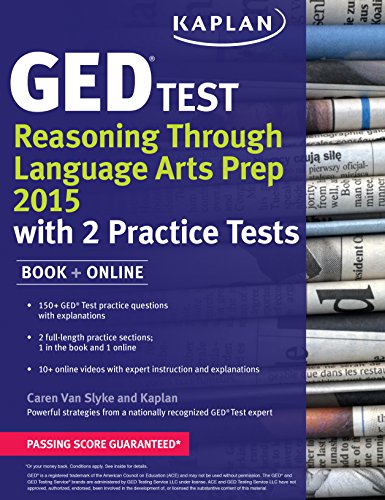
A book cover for Kaplan GED Test Reasoning Through Language Arts Prep 2015: Book + Online (Kaplan Test Prep); Caren Van Slyke; Test Preparation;